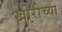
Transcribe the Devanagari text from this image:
खोरीच्या